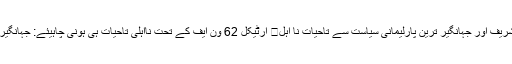
نواز شریف اور جہانگیر ترین پارلیمانی سیاست سے تاحیات نا اہل	 آرٹیکل 62 ون ایف کے تحت نااہلی تاحیات ہی ہونی چاہیئے: جہانگیر ترین